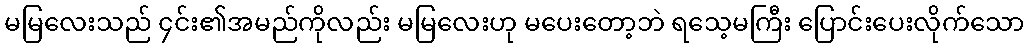
မမြလေးသည် ၄င်း၏အမည်ကိုလည်း မမြလေးဟု မပေးတော့ဘဲ ရသေ့မကြီး ပြောင်းပေးလိုက်သော